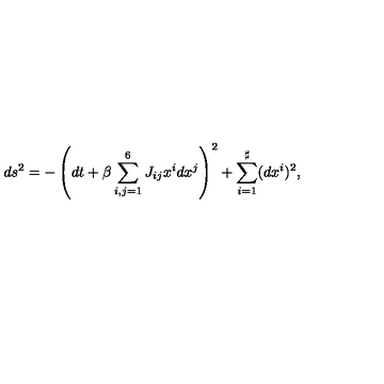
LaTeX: d s ^ { 2 } = - \left( d t + \beta \sum _ { i , j = 1 } ^ { 6 } J _ { i j } x ^ { i } d x ^ { j } \right) ^ { 2 } + \sum _ { i = 1 } ^ { \sharp } ( d x ^ { i } ) ^ { 2 } ,